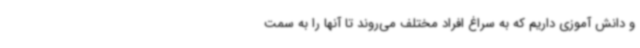
و دانش آموزی داریم که به سراغ افراد مختلف می‌روند تا آنها را به سمت